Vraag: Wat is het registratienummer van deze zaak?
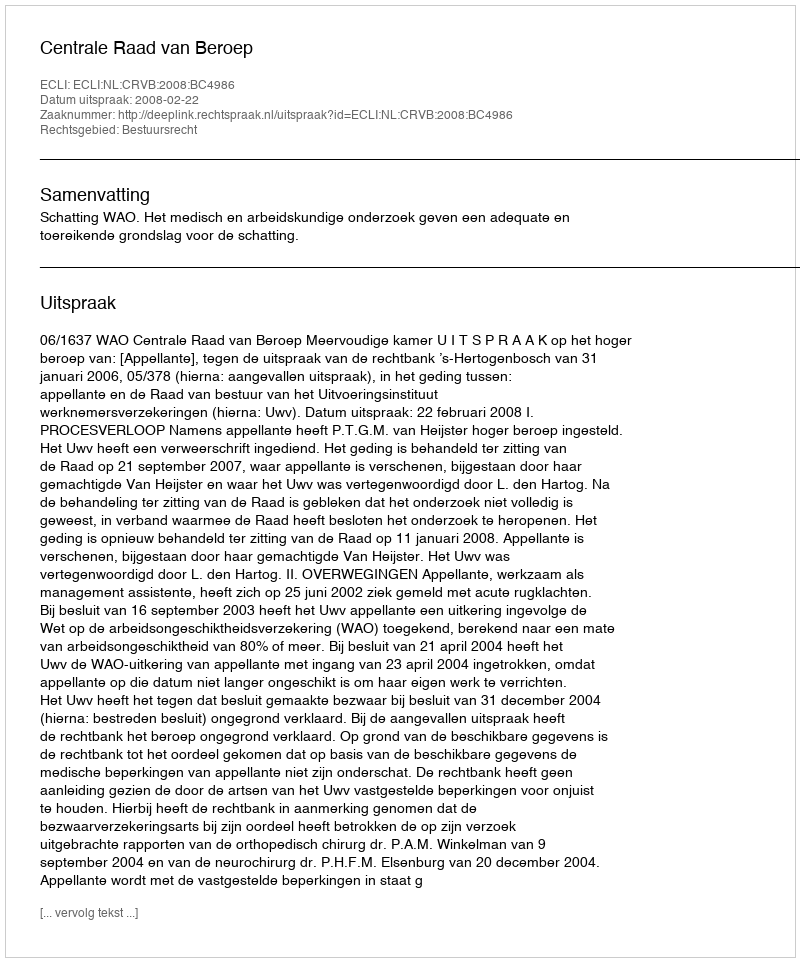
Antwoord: http://deeplink.rechtspraak.nl/uitspraak?id=ECLI:NL:CRVB:2008:BC4986